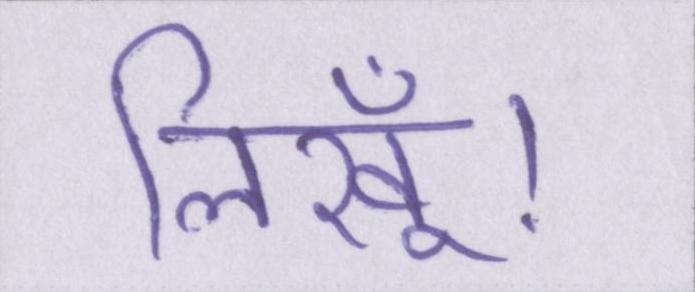
लिखूँ।